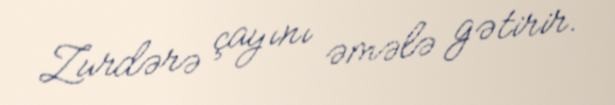
Zurdərə çayını əmələ gətirir.